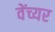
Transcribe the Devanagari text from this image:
वेंच्यर